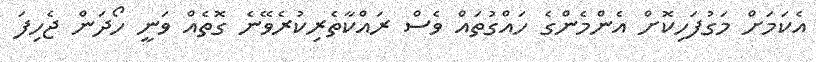
އެކަމަށް މަގުފަހިކޮށް އެންމެންގެ ހައްގުތައް ވެސް ރައްކާތެރިކުރެވޭނެ ގޮތެއް ވަނީ ހޯދަން ޖެހިފަ